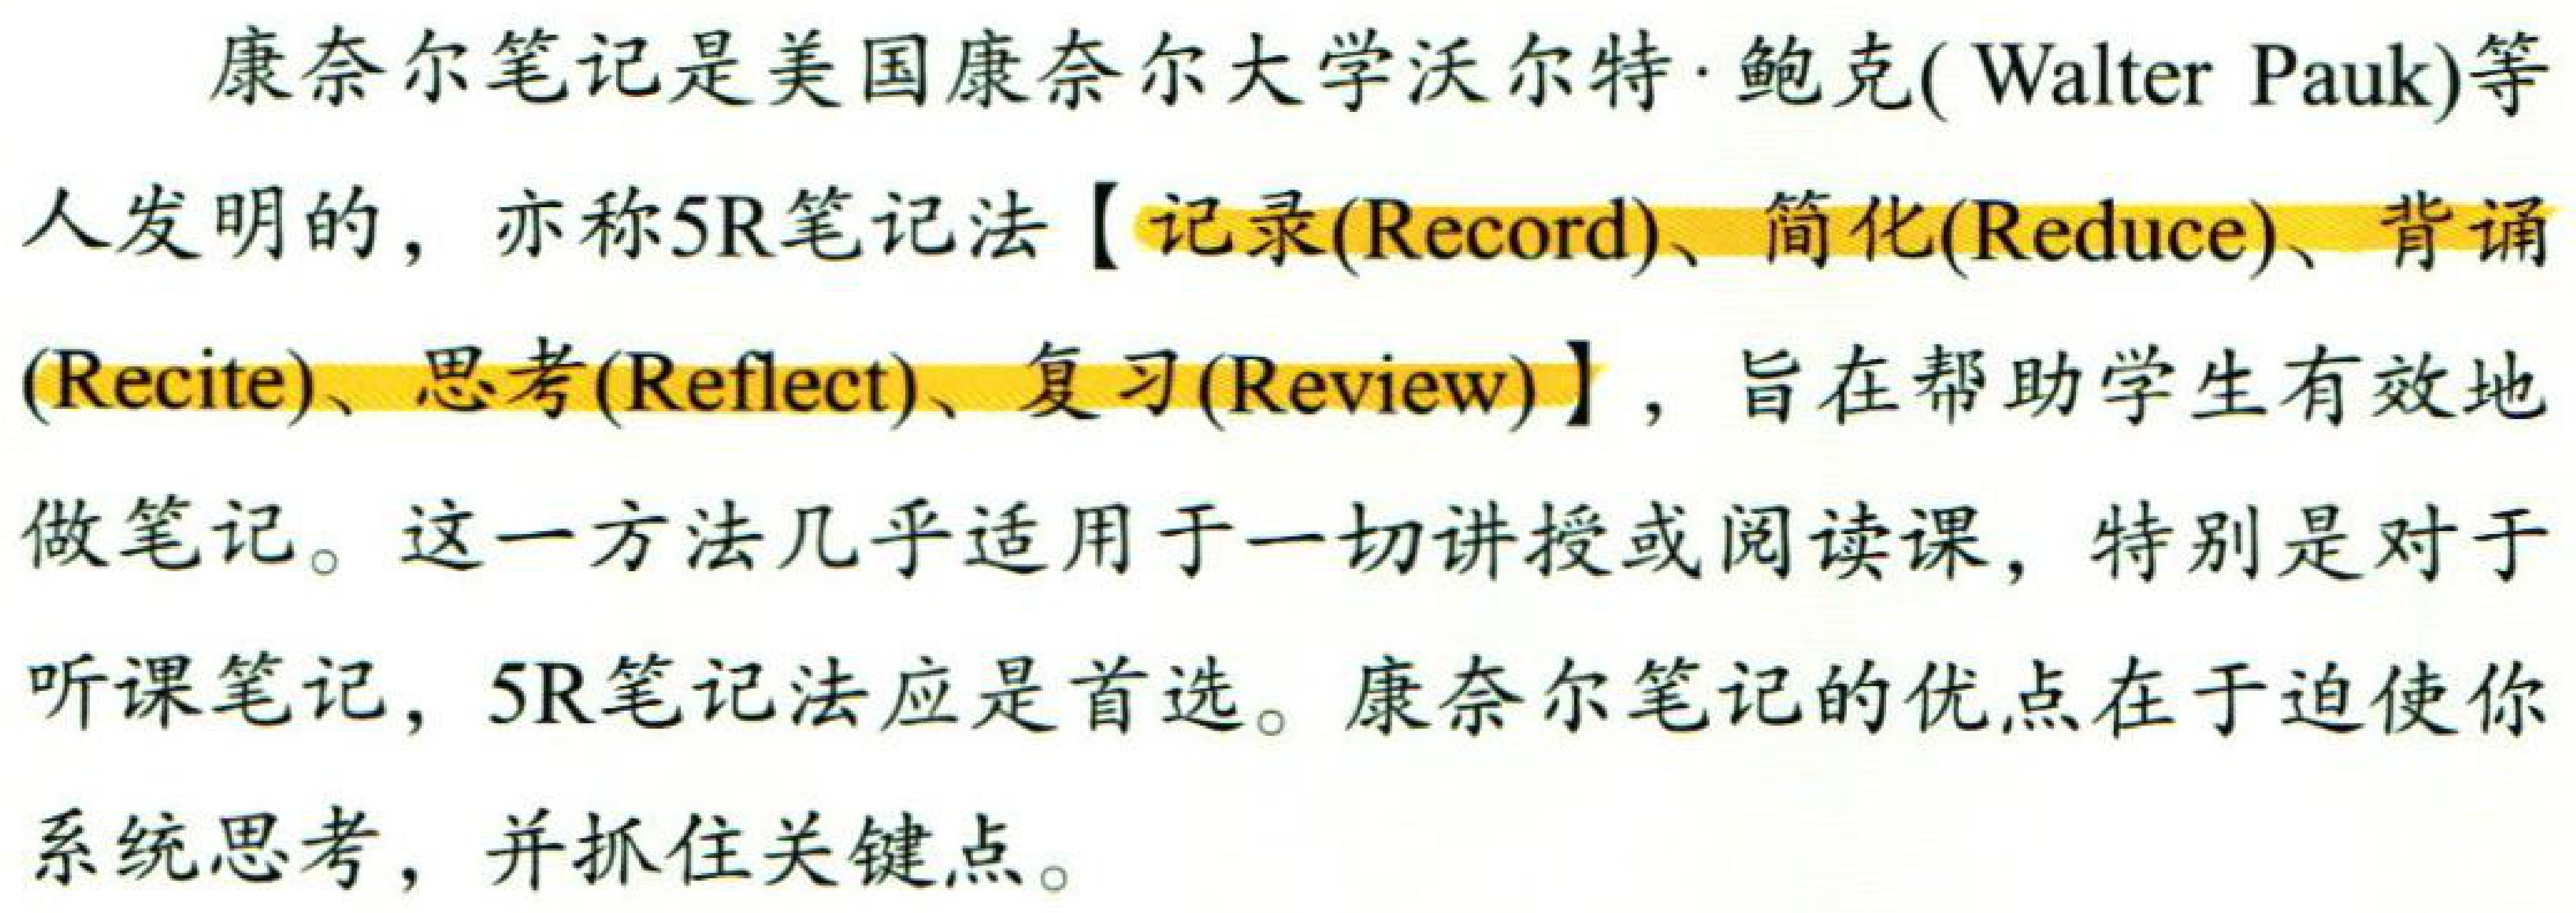
康奈尔笔记是美国康奈尔大学沃尔特·鲍克( Walter Pauk)等人发明的，亦称5R笔记法【记录(Record)、简化(Reduce)、背诵(Recite)、思考(Reflect)、复习(Review)】，旨在帮助学生有效地做笔记。这一方法几乎适用于一切讲授或阅读课，特别是对于听课笔记，5R笔记法应是首选。康奈尔笔记的优点在于迫使你系统思考，并抓住关键点。